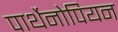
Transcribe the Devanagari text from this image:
पार्थेनोपियन